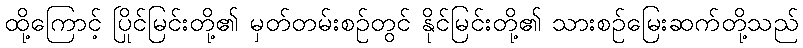
ထို့ကြောင့် ပြိုင်မြင်းတို့၏ မှတ်တမ်းစဉ်တွင် နိုင်မြင်းတို့၏ သားစဉ်မြေးဆက်တို့သည်